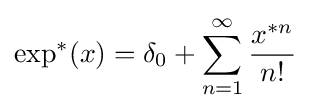
\exp ^{*}(x)=\delta _{0}+\sum _{n=1}^{\infty }{\frac {x^{*n}}{n!}}